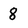
Character: 8